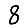
Digit: 8